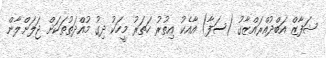
ޝަފާޒް އަބްދުއްރައްޒާގު (ސަފާ) އާއެކު އިތުރު ހަތަރު މީހަކު ދިގު މުއްދަތުތަކަށް ޖަލަށްލާން